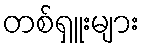
တစ်ရှူးများ